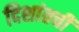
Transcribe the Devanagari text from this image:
दिशांतची